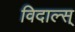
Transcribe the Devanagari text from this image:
विदाल्स्